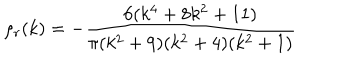
\rho _ { r } ( k ) = - { \frac { 6 ( k ^ { 4 } + 8 k ^ { 2 } + 1 1 ) } { \pi ( k ^ { 2 } + 9 ) ( k ^ { 2 } + 4 ) ( k ^ { 2 } + 1 ) } }